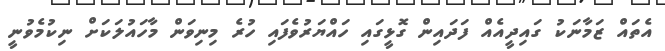
އެތައް ޒަމާނަކު ގައިދީއެއް ފަދައިން ގޮޅީގައި ހައްޔަރުވެފައި ހުރެ މިނިވަން މާހައުލަކަށް ނިކުމެވުނީ